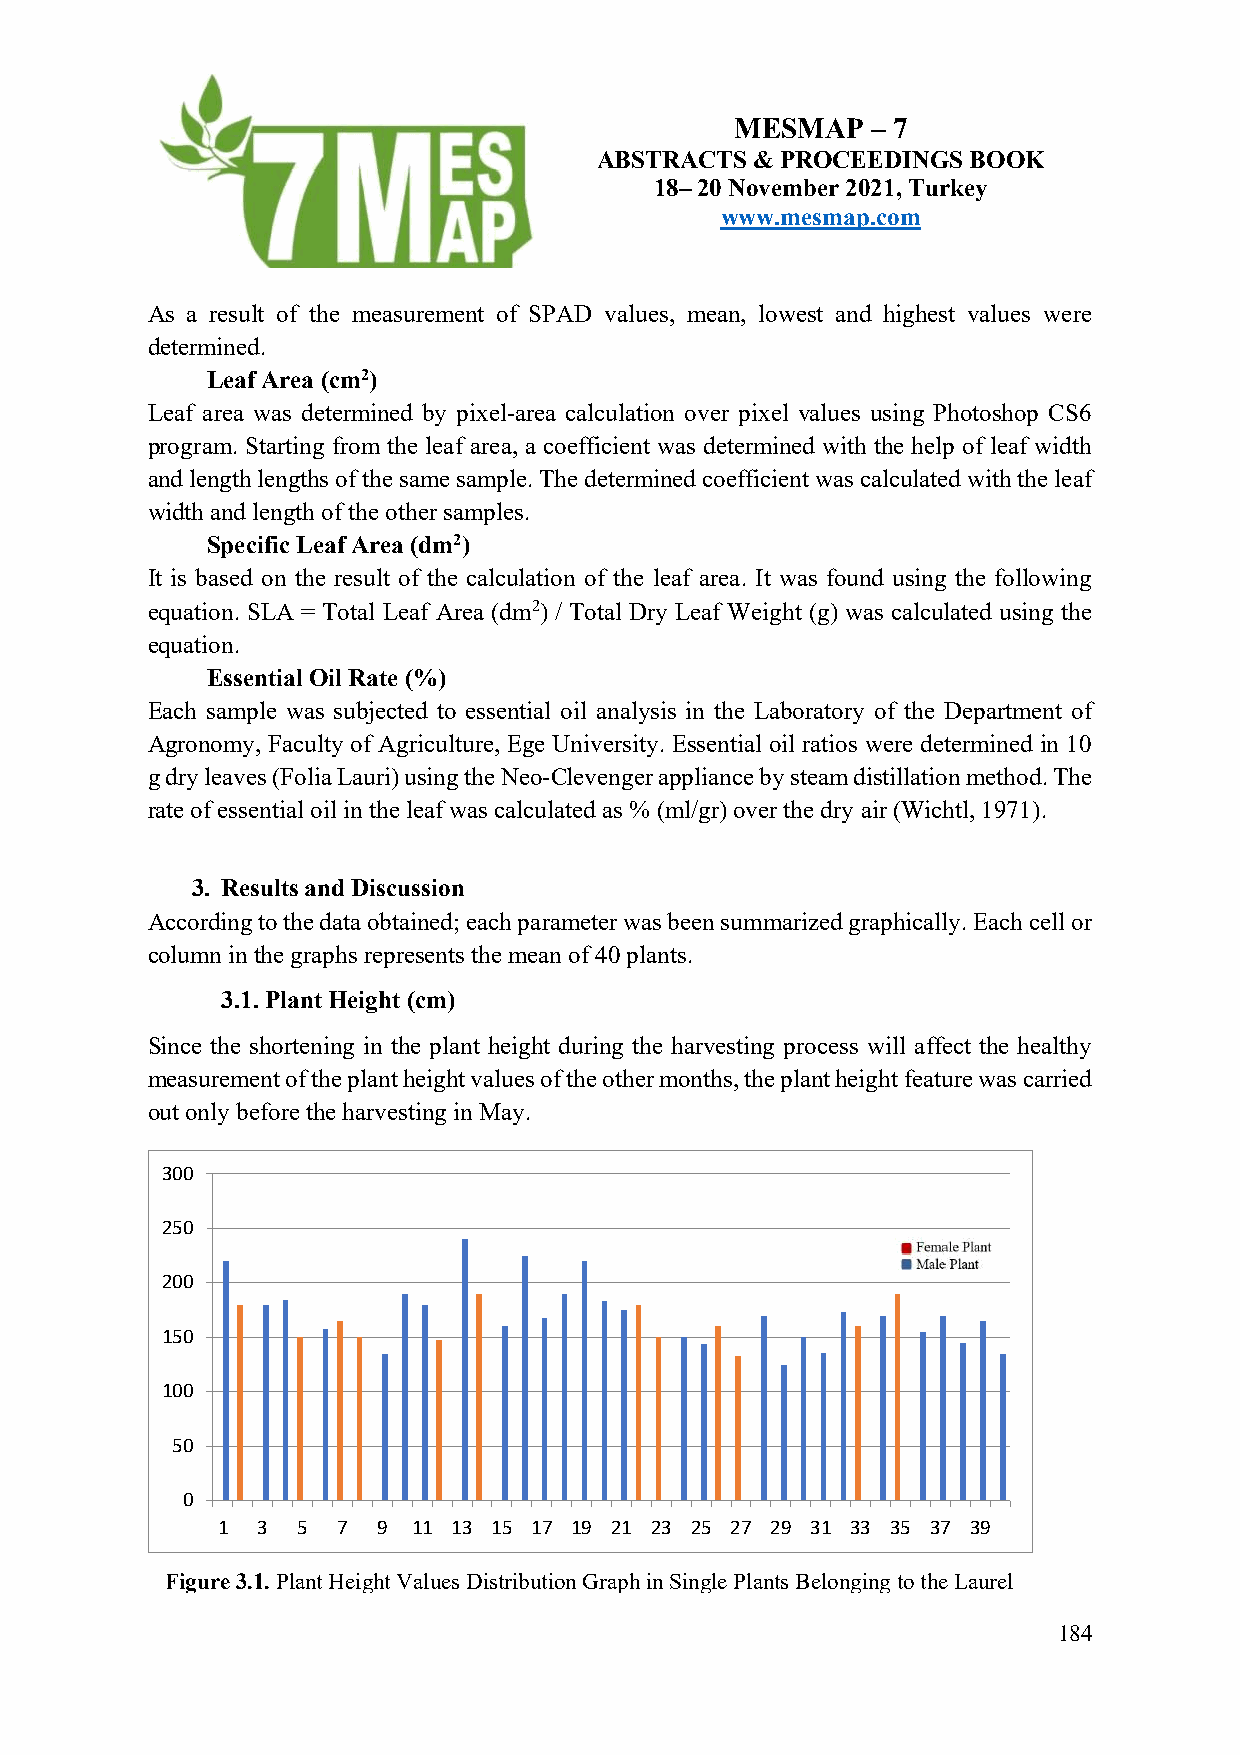
MESMAP   – 7
 ABSTRACTS  & PROCEEDINGS BOOK
 18– 20 November 2021, Turkey
 www.mesmap.com
 As a result of the measurement of SPAD values, mean, lowest and highest values were
 determined.
 Leaf Area (cm2)
 Leaf area was determined by pixel-area calculation over pixel values using Photoshop CS6
 program. Starting from the leaf area, a coefficient was determined with the help of leaf width
 and length lengths of the same sample. The determined coefficient was calculated with the leaf
 width and length of the other samples.
 Specific Leaf Area (dm2)
 It is based on the result of the calculation of the leaf area. It was found using the following
 equation. SLA = Total Leaf Area (dm2) / Total Dry Leaf Weight (g) was calculated using the
 equation.
 Essential Oil Rate (%)
 Each sample was subjected to essential oil analysis in the Laboratory of the Department of
 Agronomy, Faculty of Agriculture, Ege University. Essential oil ratios were determined in 10
 g dry leaves (Folia Lauri) using the Neo-Clevenger appliance by steam distillation method. The
 rate of essential oil in the leaf was calculated as % (ml/gr) over the dry air (Wichtl, 1971).
 3. Results and Discussion
 According to the data obtained; each parameter was been summarized graphically. Each cell or
 column in the graphs represents the mean of 40 plants.
 3.1. Plant Height (cm)
 Since the shortening in the plant height during the harvesting process will affect the healthy
 measurement of the plant height values of the other months, the plant height feature was carried
 out only before the harvesting in May.
 300
 250
 200
 150
 100
 50
 0
 1  3  5 7  9 11 13 15 17 19 21 23 25 27 29 31 33 35 37 39
 Figure 3.1. Plant Height Values Distribution Graph in Single Plants Belonging to the Laurel
 Population.
 184